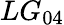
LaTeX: LG_{04}